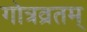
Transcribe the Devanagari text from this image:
गोत्रव्रतम्